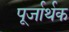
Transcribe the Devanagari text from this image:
पूर्जार्थक